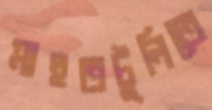
মাহুতটুলিতে